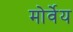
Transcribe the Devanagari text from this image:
मोर्वेय